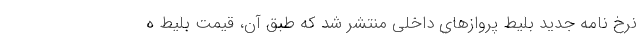
نرخ نامه جدید بلیط پروازهای داخلی منتشر شد که طبق آن، قیمت بلیط ه